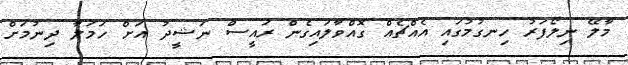
މާލޭ ނިލޯފަރު ހިނގުމުގައި އެއްޗެއް ގޮއްވާލައިގެން ރައީސް ނަޝީދު އަށް ހަމަލާ ދިނުމަށް